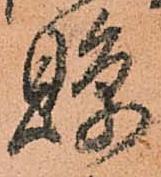
縣